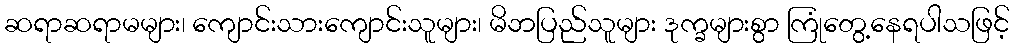
ဆရာဆရာမများ၊ ကျောင်းသားကျောင်းသူများ၊ မိဘပြည်သူများ ဒုက္ခများစွာ ကြုံတွေ့နေရပါသဖြင့်